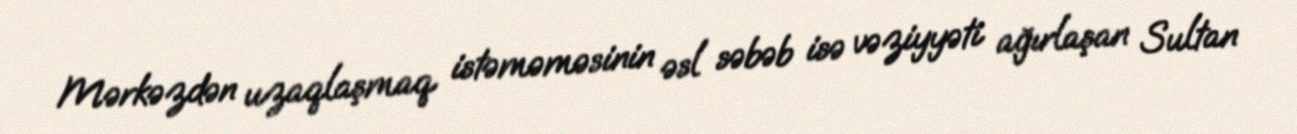
Mərkəzdən uzaqlaşmaq istəməməsinin əsl səbəb isə vəziyyəti ağırlaşan Sultan